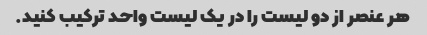
هر عنصر از دو لیست را در یک لیست واحد ترکیب کنید.